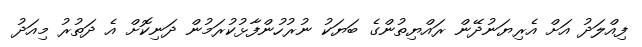
ފިއްލަދު އަށް އެރިޔަނުދޭން ރައްޔިތުންގެ ބަޔަކު ނުރުހުންފާޅުކުރަމުން ދަނިކޮށް އެ ދަތުރު މިއަދު